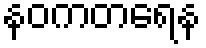
နဝကတရေန